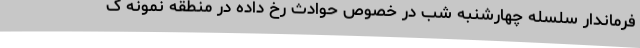
فرماندار سلسله چهارشنبه شب در خصوص حوادث رخ داده در منطقه نمونه گ